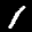
Label: 1